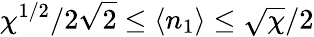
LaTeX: {\chi^{1/2}}/{2\sqrt{2}}\leq\langle n_{1}\rangle\leq\sqrt{\chi}/2